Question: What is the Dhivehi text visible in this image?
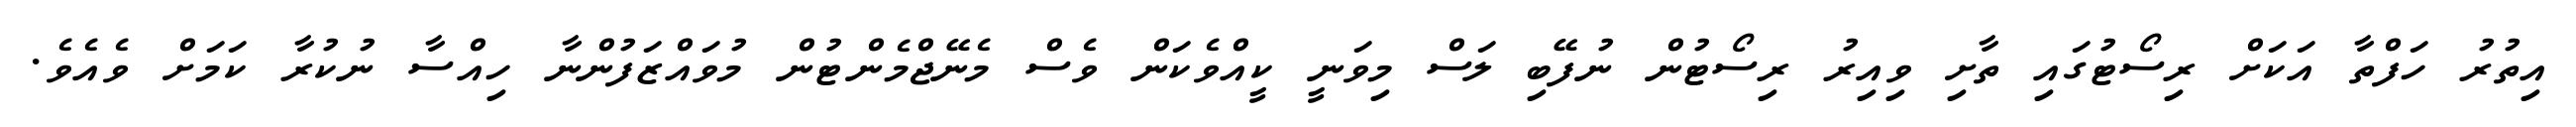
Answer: އިތުރު ހަފްތާ އަކަށް ރިސޯޓުގައި ތާށި ވިއިރު ރިސޯޓުން ނުފޭބި ލަސް މިވަނީ ކީއްވެކަން ވެސް މެނޭޖްމެންޓުން މުވައްޒަފުންނާ ހިއްސާ ނުކުރާ ކަމަށް ވެއެވެ.